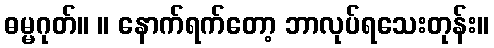
ဓမ္မဂုတ်။ ။ နောက်ရက်တော့ ဘာလုပ်ရသေးတုန်း။